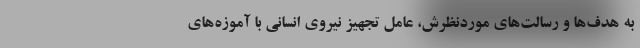
به هدف‌ها و رسالت‌های موردنظرش، عامل تجهیز نیروی انسانی با آموزه‌های